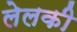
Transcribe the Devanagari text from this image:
लेलकी